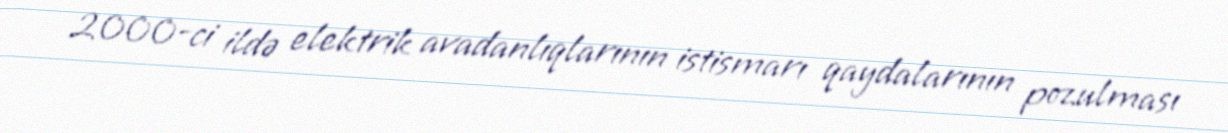
2000-ci ildə elektrik avadanlıqlarının istismarı qaydalarının pozulması